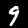
Label: 9